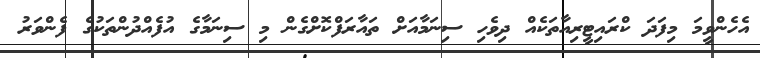
އެހެންވީމަ މިފަދަ ކްރައިޓީރިއާތަކެއް ދިވެހި ސިނަމާއަށް ތައާރަފްކޮށްގެން މި ސިނަމާގެ އުފެއްދުންތަކުގެ ފެންވަރު